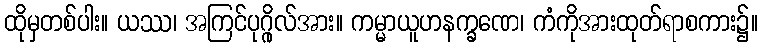
ထိုမှတစ်ပါး။ ယဿ၊ အကြင်ပုဂ္ဂိုလ်အား။ ကမ္မာယူဟနက္ခဏေ၊ ကံကိုအားထုတ်ရာစကား၌။